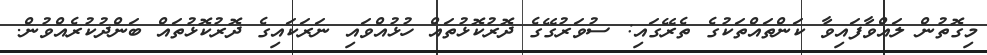
މިގޮތުން ލައްވާފައިވާ ކަންތައްތަކުގެ ތެރޭގައި: ސުވަރުގޭގެ ދޮރުކޮޅުތައް ހުޅުއްވައި ނަރަކައިގެ ދޮރުކޮޅުތައް ބަންދުކުރެއްވުން.